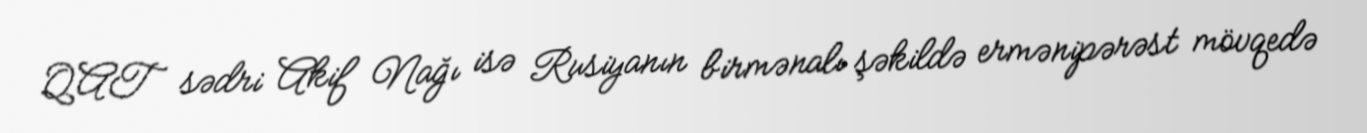
QAT sədri Akif Nağı isə Rusiyanın birmənalı şəkildə ermənipərəst mövqedə